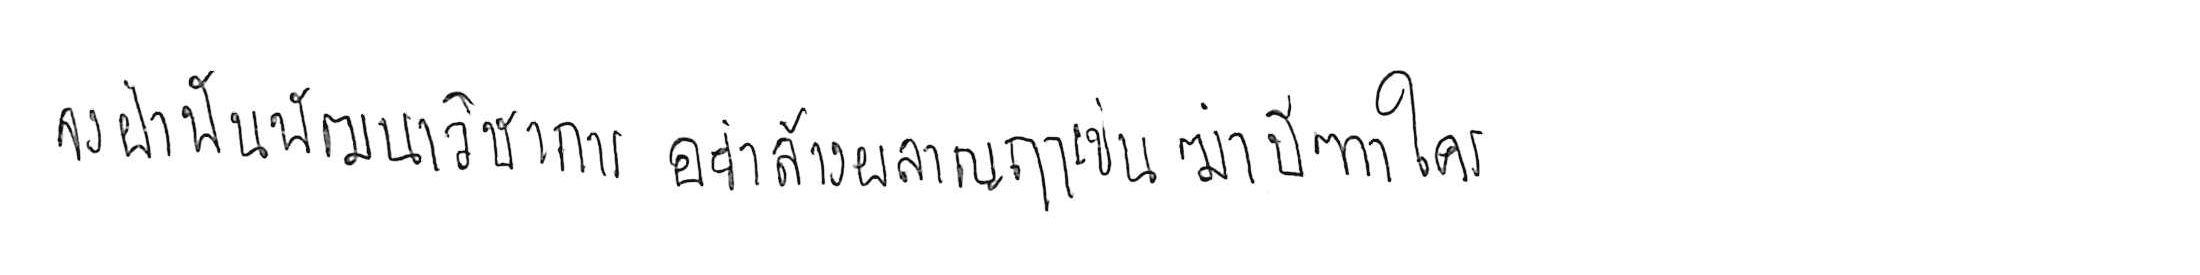
จงฝ่าฟันพัฒนาวิชาการ อย่าล้างผลาญฤๅเข่นฆ่าบีฑาใคร